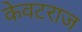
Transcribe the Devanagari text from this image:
केवटराज